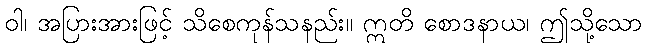
ဝါ၊ အပြားအားဖြင့် သိစေကုန်သနည်း။ ဣတိ စောဒနာယ၊ ဤသို့သော